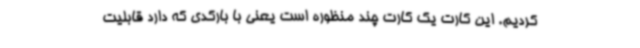
کردیم. این کارت یک کارت چند منظوره است یعنی با بارکدی که دارد قابلیت